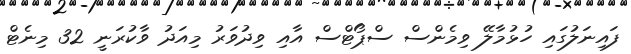
ފައިނަލުގައި ހުޅުމާލޭ ވިމެންސް ސްޕޯޓްސް އާއި ވިދުވަރު މިއަދު ވާކުރަނީ 32 މިނެޓް